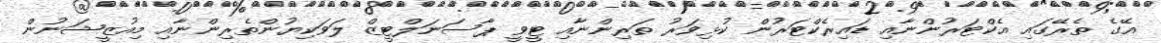
އޭގެ ތެރޭގައި އެކްޓަރުންނާއި ޑައިރެކްޓަރުން ކުޅިވަރު ތަރިންނާއި ޓީވީ ޕާސަނަލްޓީޒް ލަވަކިޔުންތެރިންނާއި މިއުޒީޝަނުން